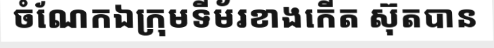
ចំណែកឯក្រុមទីម័រខាងកើត ស៊ុតបាន